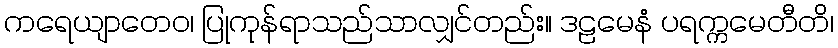
ကရေယျာတေဝ၊ ပြုကုန်ရာသည်သာလျှင်တည်း။ ဒဠမေနံ ပရက္ကမေတီတိ၊